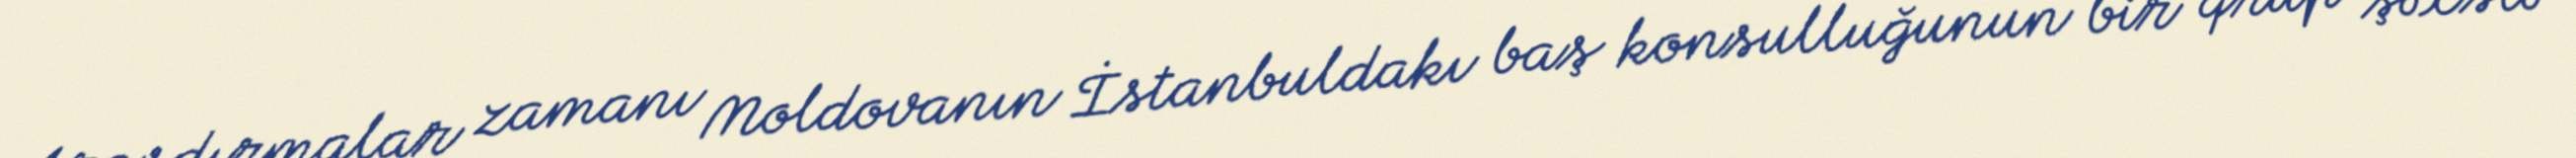
Araşdırmalar zamanı Moldovanın İstanbuldakı baş konsulluğunun bir qrup şəxslə